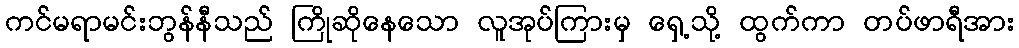
ကင်မရာမင်းဘွန်နီသည် ကြိုဆိုနေသော လူအုပ်ကြားမှ ရှေ့သို့ ထွက်ကာ တပ်ဖာရီအား